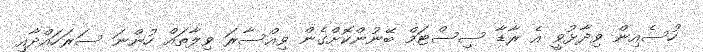
ހުސެއިން ވިދާޅުވީ އެ ރާޑާ ސިސްޓަމް ބޭނުންކޮށްގެން ވިއްސާރަ ވިލާތައް ހުންނަ ސަރަހައްދާއި